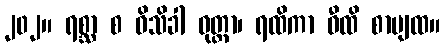
၂၀၂။ ရစ္ဆာ စ ဝိသိခါ ဝုတ္တာ၊ ရထိကာ ဝီထိ စာပျထ။